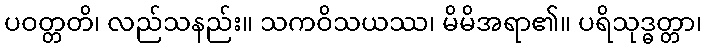
ပဝတ္တတိ၊ လည်သနည်း။ သကဝိသယဿ၊ မိမိအရာ၏။ ပရိသုဒ္ဓတ္တာ၊